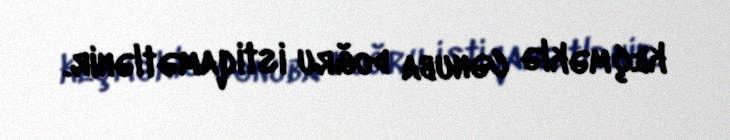
keçməklə cənuba doğru istiqamətlənir.